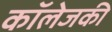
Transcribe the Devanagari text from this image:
कॉलेजकी